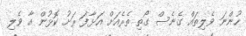
ހުންނަ ވެލިތައް ގެނެސް ގޯތި ތެރެއަށް އަޅާފަ ރަށު ކޮޅުން އާ ވެލި